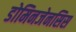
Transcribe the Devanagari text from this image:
डोमिनजेनसिस